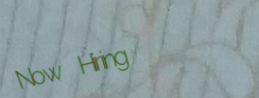
Now Hiring